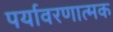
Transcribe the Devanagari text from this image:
पर्यावरणात्‍मक